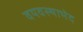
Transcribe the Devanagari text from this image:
वयवस्थाभेद